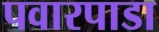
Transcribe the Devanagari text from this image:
पवारपाडा